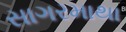
સાગરમાથા